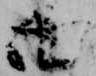
面